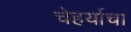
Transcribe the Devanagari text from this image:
चेहर्याचा